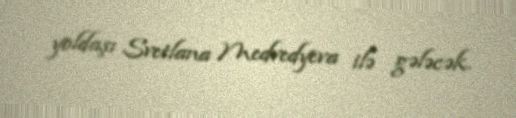
yoldaşı Svetlana Medvedyeva ilə gələcək.